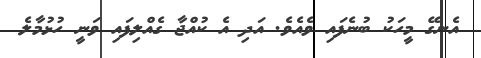
އެނގޭ މީހަކު ބުނެފައި ވެއެވެ. އަދި އެ ކުއްޖާ ގެއްލިފައި ވަނީ ހުޅުމާލެ